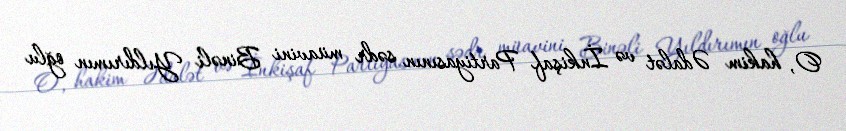
O, hakim Ədalət və İnkişaf Partiyasının sədr müavini Binəli Yıldırımın oğlu